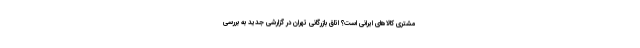
مشتری کالاهای ایرانی است؟ اتاق بازرگانی تهران در گزارشی جدید به بررسی